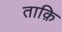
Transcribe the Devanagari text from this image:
ताक़ि